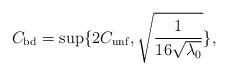
LaTeX: \begin{align*} C_{\rm bd}=\sup \{ 2{C_{\rm unf}}, \sqrt{\frac{1}{16\sqrt{\lambda_0}}}\}, \end{align*}